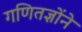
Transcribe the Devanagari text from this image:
गणितज्ञोंने